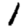
Digit: 1